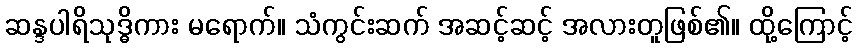
ဆန္ဒပါရိသုဒ္ဓိကား မရောက်။ သံကွင်းဆက် အဆင့်ဆင့် အလားတူဖြစ်၏။ ထို့ကြောင့်